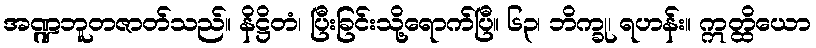
အဏ္ဍဘူတဇာတ်သည်။ နိဋ္ဌိတံ၊ ပြီးခြင်းသို့ရောက်ပြီ။ ၆၃၊ ဘိက္ခု၊ ရဟန်း။ ဣတ္ထိယော